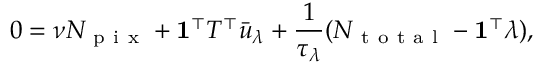
0 = \nu N _ { \mathrm { ~ p ~ i ~ x ~ } } + \mathbf { 1 } ^ { \top } T ^ { \top } \bar { u } _ { \lambda } + \frac { 1 } { \tau _ { \lambda } } ( N _ { \mathrm { ~ t ~ o ~ t ~ a ~ l ~ } } - \mathbf { 1 } ^ { \top } \lambda ) ,